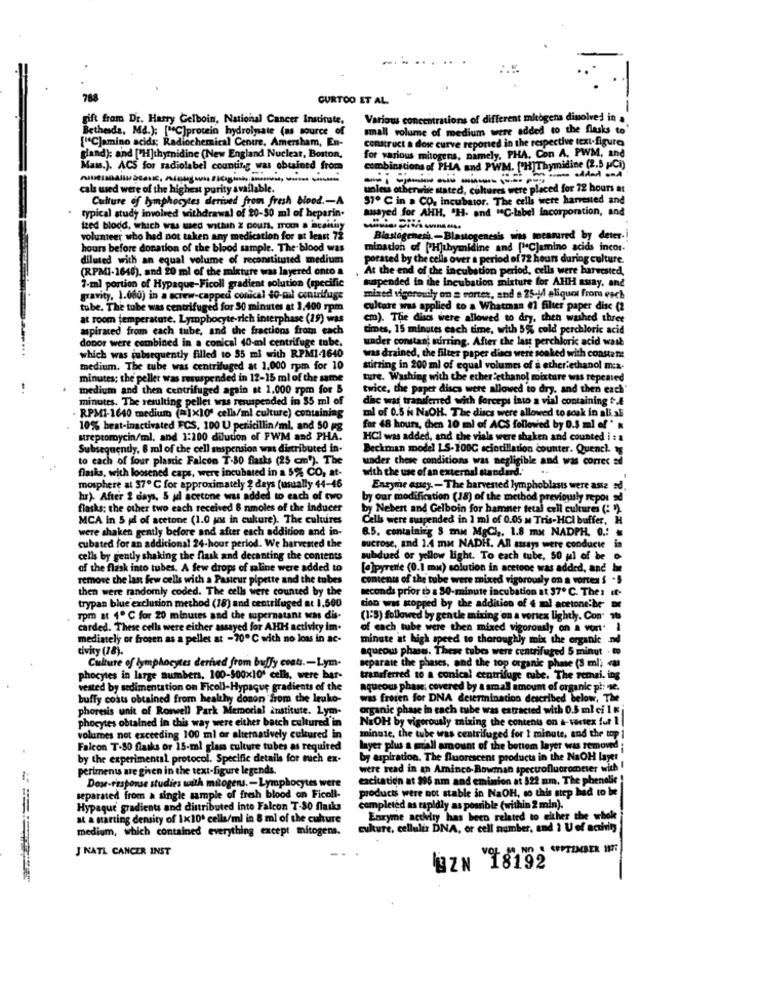
.....
...
788
CURTOO ET AL.
gift from Dr. Harry Gelboin, National Cancer Institute.
Various concentrations of different mitogena disolved in .
Bethesda, Ma.): ["C]protein hydrolysate (as source_of
small volume of medium were added to the flasks to'
["C]amino acids; Radiochemical Centre. Amersham, En-
construct a dose curve reported in the respective text-figure
gland): and ['H]thymidine (New England Nuclear, Boston,
for various mitogens, namely. PHA. Con A, PWM, and
Mass.). ACS for radiolabel counting was obtained from
combinations of PHA and PWM. [H]Thymidine (2.5 (Ci)
cals used were of the highest purity available.
unless otherwise stated, cultures were placed for 72 hours at
Culture of lymphocytes derived from fresh blood .- A
37º C in > CO. incubator. The cells were harvested and
typical study involved withdrawal of 20-50 ml of heparin-
assayed for AHH, "H- and "C-label incorporation, and
ized blodd, which was wed withan z pour. from a Scamuy
volunteer who had not taken any medication for at least 72
Blastogenesh-Blastogenesis was measured by deter .!
hours before donation of the blood sample. The blood was
mination of [H]thymidine and ["Cjamino acids incor-
diluted with an equal volume of reconstituted medium
porated by the cells over a period of 72 hours during culture.
(RPMI-1640), and 20 ml of the mixture was layered onto a
At the end of the incubation period, cells were harvested,
napended in the incubation mixture for AHH assay, and
7-ml portion of Hypaque-Ficoll gradient solution (specific
gravity. 1.000) in a screw-capped conical 40-mal conirifuge
mixed vigorouily on a vortex, and a 25-14 aliquot from each
tube. The tube was centrifuged for 30 minutes at 1,400 rpm
culture was applied to a Whatman #1 filter paper disc (2
at room temperature. Lymphocyte-rich interphase (29) was
cm). The discs were allowed to dry, then washed three
aspirated from each tube, and the fractions from each
times, 15 minutes each time, with 5% cold perchloric acid
donor were combined in a conical 40-ml centrifuge tube.
under constan; surring. After the last perchloric acid wash
which was subsequently filled to 55 mi with RPMI-1640
was drained, the filter paper discs were soaked with constate
medium. The tube was centrifuged at 1,000 rpm for 10
stirring in 200 ml of equal volumes of a ether ethanol mix-
minutes: the peller was sesuspende
upended in 12-15 ml of the same
ture. Washing with the ether ethanol mixture was repeated
medium and then centrifuged again at 1,000 rpm for B
twice, the paper discs were allowed to dry. and then each'
minutes. The resulting pellet was resuspended in $5 ml of
disc was transferred with forceps into a vial containing t&
ml of 0.5 i NaOH. The discs were allowed to soak in ali al
RPM1-1640 medium (=]x10' cells/ml culture) containing
10% best-inactivated FCS. 100 U pericillin/ml, and 50 ug
for 48 hours, chen 10 ml of ACS followed by 0.5 ml of "
streptomycin/ml, and 1:200 dilution of PWM and PHA.
HCI was added, and the vials were shaken and counted i : a
Subsequently, 6 ml of the cell suspension was distributed in.
Beckman model IS-100G scintillation counter. Quench. ig
to each of four plastic Falcon T-30 flasks (25 cm"). The
under these conditions was negligible and was correc ad
flasks, with loosened caps, were incubated in a 5% CO, at-
with the use of an external standard.
mosphere at 37º C for approximately ? days (usually 44-46
Enzyme assey. - The harvested lymphoblasts were asse sd.
hr). After 2 days, 5 ul acetone was added to each of two
by our modification (18) of the method previously repor sd
flasks: the other two each received 8 nmoles of the inducer
by Nebert and Gelboin for hamner tetal cell cultures (: ").
MCA in 5 jd of acetone (1.0 ux in culture). The cultires
Cells were suspended in 1 mi of 0.05 m Tris-HCI buffer, H
were shaken gently before and after each addition and in-
8.5, containing $ ma MgCl ,, 1.8 mx NADPH. O .:
cubated for an additional 24-hour period. We harvested the
sucrose, and 1.4 mx NADH. All assays were conducte in
cells by gently shaking the flask and decanting the contents
subdued or yellow light. To each tube, 50 ul of be
of the flask into tubes. A few drops of maline were added to
[@]pyrene (0.1 mu) solution in acetone was added, and he
remove the last few cells with a Pasteur pipette and the tubes
contents of the tube were mixed vigorously on a vortex $ .5
then were randomly coded. The cells were counted by the
seconds prior to a 30-minute incubation at 37º C. The : if-
trypan blue exclusion method (18) and centrifuged at 1,500
tion was stopped by the addition of & mal acetone.he or
Tpm at 1º C for 20 minutes and the supernatant was dis-
(1:5) followed by gentle mixing on a vortex lightly. Con" 16
carded. These cells were either assayed for AHH activity im.
of each tube were then mixed vigorously on a vort.
mediately or frozen as a pellet at - 70 ℃ with no loss in ac-
minute at high speed to thoroughly mix the organic .nd
tivity (18).
aqueous phase. These tubes were centrifuged 5 minut . to
Culture of lymphocytes derived from buffy coats .- Lym-
separate the phases, and the top organic phme (3 ml;
phocytes in large numbers, 100-500x10' cells, were bar-
transferred to a conical centrifuge tube. The remai. ing
veated by sedimentation on Ficoll-Hypaque gradients of the
aqueous phane; covered by a small amount of organic pi: e.
buffy costs obtained from healthy donon from the leuko-
was freien for DNA determination described below, The
phoresis unit of Roswell Park Memorial institute. Lym-
organic phase in each tube was extracted with 0.5 ml ci 1 Kj
phocytes obtained in this way were either batch cultured'in
NEOH by vigorously mixing the contents on a-vossex fut 1
volumes not exceeding 100 ml or alternatively cultured in
minute, the tube was centrifuged for 1 minute, and the top
Falcon T-80 flasks or 15-ml glass culture tubes as required
layer plus a mall amount of the bottom layer was removed :
by the experimental protocol. Specific details for euch ex-
by aspiration. The fluorescent products in the NaOH layer"
periments are given in the text-figure legends.
were read in an Aminco- Bowman spectrofluorometer with
Dose-response studies with mitogens. - Lymphocytes were
excitation at 396 am and emision at 522 am. The phenolic !
products were not stable in NaOH, so this step had to be
separated from a single sample of fresh blood on Ficoll-
Hypaque' gradients and distributed Into Falcon T-80 flasks
completed as rapidly as possible (within 2 min).
at a starting density of 1x100 cells/ml in 8 ml of the culture
Enzyme actviry has been related to either the whole
medium, which contained everything except mitogens.
culture, cellulis DNA, or cell number, and 1 U of activity
J NATL CANCER INST
BZN 18192